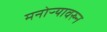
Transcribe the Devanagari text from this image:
मनोऱ्यावरुन